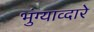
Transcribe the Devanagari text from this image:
भुंग्याव्दारे